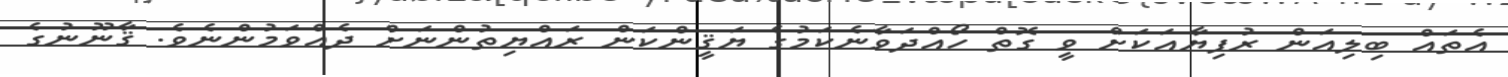
އެތައް ބިލިއަން ރުފިޔާއަކަށް ވީ ގޮތް ހޯއްދަވާނެކަމުގެ ޔަޤީންކަން ރައްޔިތުންނަށް ދެއްވަމުންނެވެ. ޤާނޫނުގެ